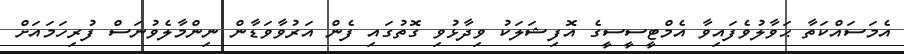
އެމަސައްކަތާ ޙަވާލުވެފައިވާ އެމްޓީސީސީގެ އޮފިޝަލަކު ވިދާޅުވި ގޮތުގައި ފެން އަރުވާވަޑާން ނިންމާލެވުނަސް ފުރިހަމައަށް